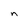
Character: n